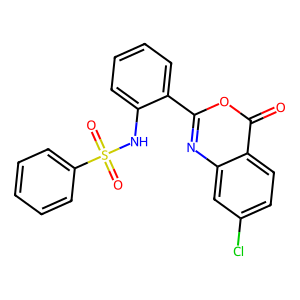
SMILES: O=c1oc(-c2ccccc2NS(=O)(=O)c2ccccc2)nc2cc(Cl)ccc12
Inhibits HIV replication: No